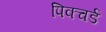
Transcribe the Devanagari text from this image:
पिक्चर्ड